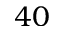
4 0